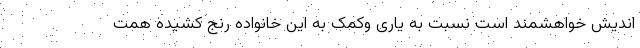
اندیش خواهشمند است نسبت به یاری وکمک به این خانواده رنج کشیده همت